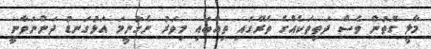
މާލީ ގޮތުން ވެސް ދަތިތަކެއްގެ ތެރޭގައި ތިއްބައި މިވަރު ނެގުނީމަ އަޅުގަނޑު ދަންނަވާނީ